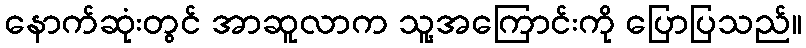
နောက်ဆုံးတွင် အာဆူလာက သူ့အကြောင်းကို ပြောပြသည်။